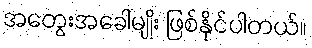
အတွေးအခေါ်မျိုး ဖြစ်နိုင်ပါတယ်။